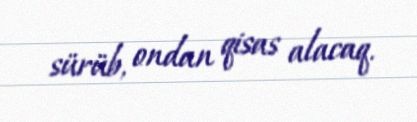
sürüb, ondan qisas alacaq.